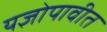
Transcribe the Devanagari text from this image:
यज्ञोपावीत